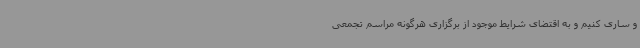
و ساری کنیم و به اقتضای شرایط موجود از برگزاری هرگونه مراسم تجمعی